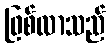
ဖြစ်လာသည်